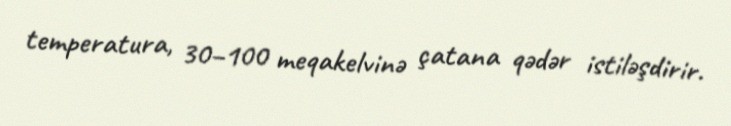
temperatura, 30–100 meqakelvinə çatana qədər istiləşdirir.